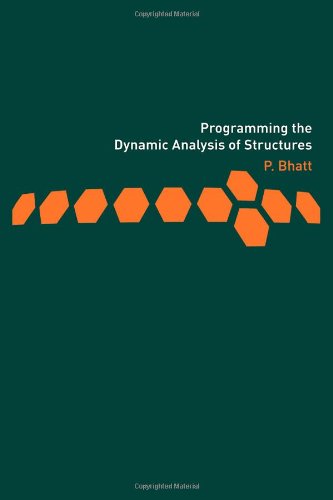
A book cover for Programming the Dynamic Analysis of Structures; Prab Bhatt; Engineering & Transportation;